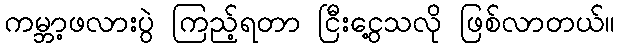
ကမ္ဘာ့ဖလားပွဲ ကြည့်ရတာ ငြီးငွေ့သလို ဖြစ်လာတယ်။